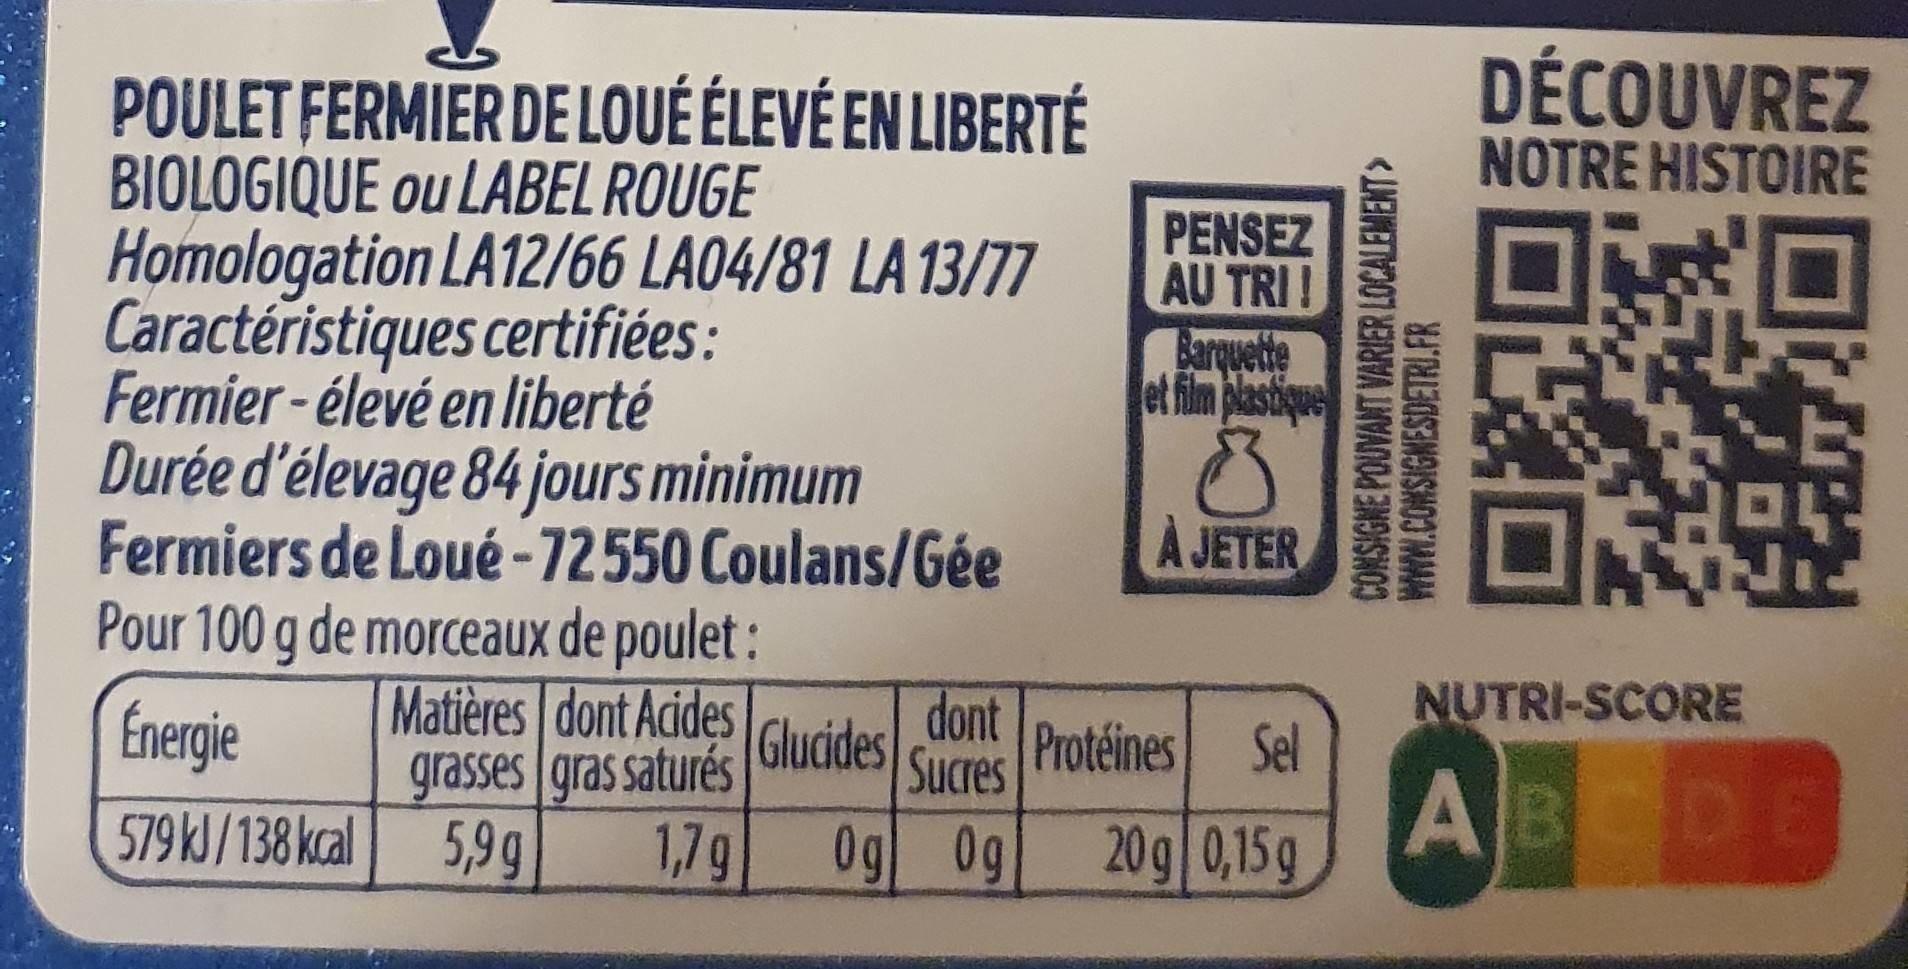
POULET FERMIER DE LOUÉ ÉLEVÉ EN LIBERTÉ BIOLOGIQUE ou LABEL ROUGE Homologation LA12/66 LA04/81 LA 13/77
DÉCOUVREZ NOTRE HISTOIRE
Caractéristiques certifiées: Fermier - élevé en liberté
PENSEZ AU TRI! Barquette et film plastique
Durée d'élevage 84 jours minimum Fermiers de Loué -72550 Coulans/Gée Pour 100 g de morceaux de poulet: Matières dont Acides grasses gras saturés
À JETER
NUTRI-SCORE
Energie
dont Gludides Sucres
Protéines Sel
579KJ/138 kcal
5,9g
1,7g
0g 0g
20g 0,15g
ABCDE
CONSIGNE POUVANT VARIER LOCALEMENT> WWw.COMSIGNESDETRI.FR